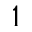
1